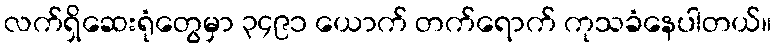
လက်ရှိဆေးရုံတွေမှာ ၃၄၉၁ ယောက် တက်ရောက် ကုသခံနေပါတယ်။